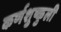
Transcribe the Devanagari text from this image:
कर्णशुष्कुली